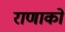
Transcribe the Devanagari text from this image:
राणाको